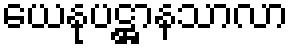
ယေနုပဋ္ဌာနသာလာ